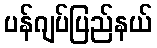
ပန်ဂျပ်ပြည်နယ်